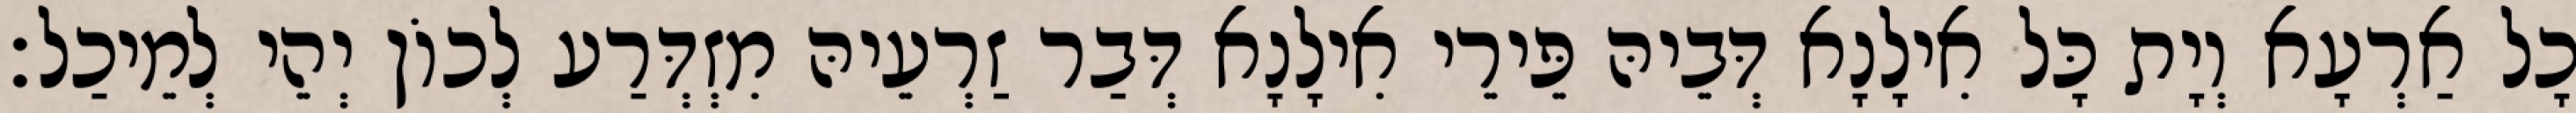
כָל אַרְעָא וְיָת כָּל אִילָנָא דְּבֵיהּ פֵּירֵי אִילָנָא דְּבַר זַרְעֵיהּ מִזְדְּרַע לְכוֹן יְהֵי לְמֵיכַל׃